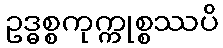
ဥဒ္ဓစ္စကုက္ကုစ္စဿပိ